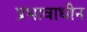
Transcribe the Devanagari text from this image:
प्रभावाधीन